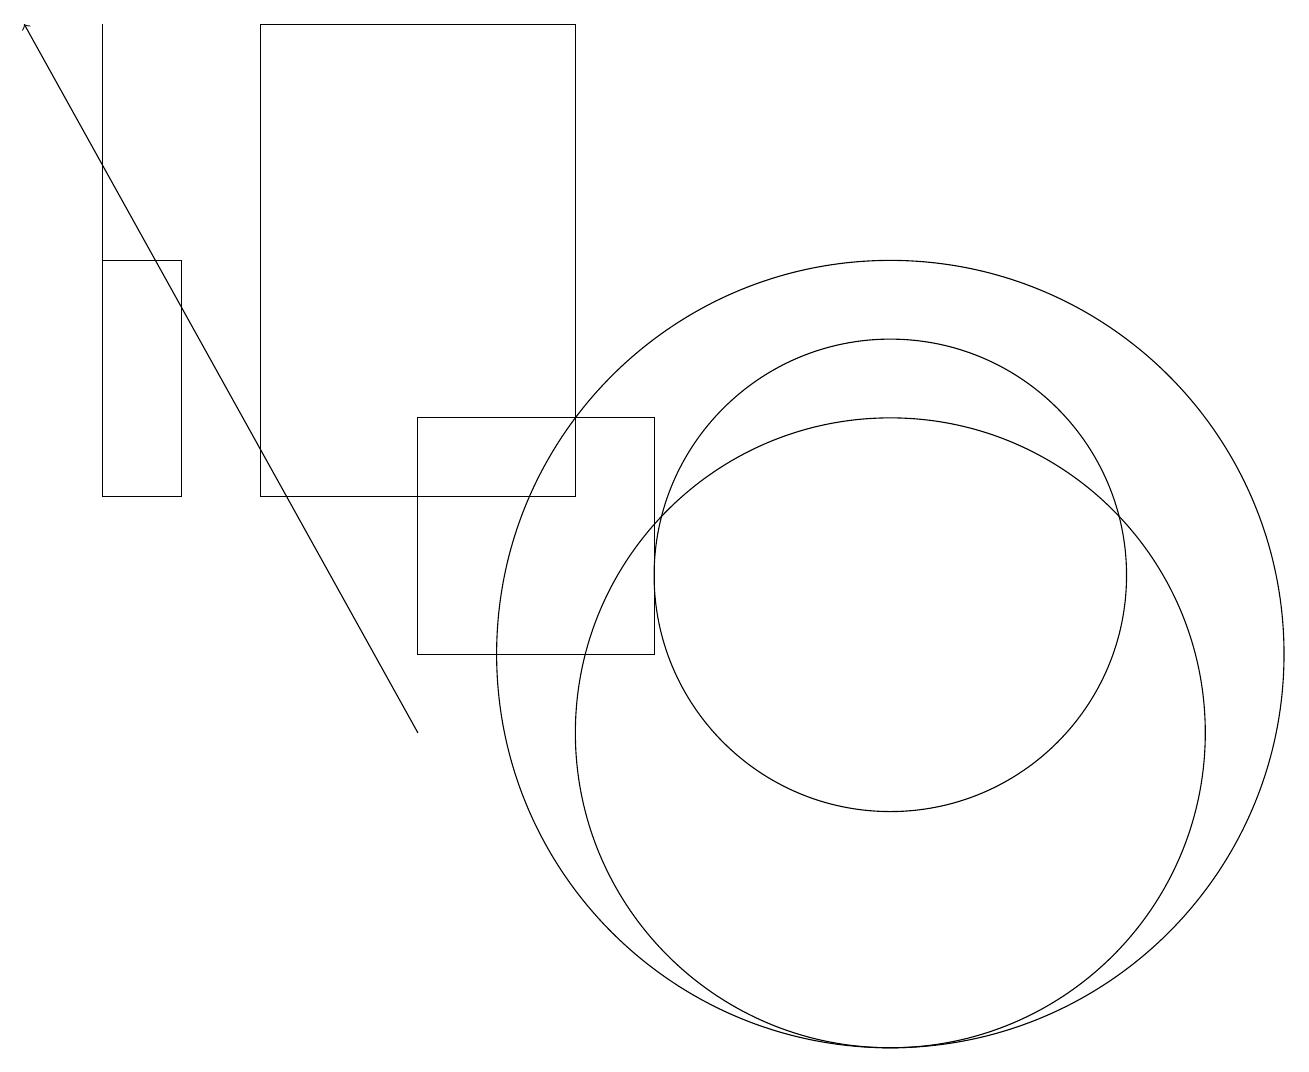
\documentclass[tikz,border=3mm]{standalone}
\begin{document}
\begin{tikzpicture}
\draw (11,10) circle (4);
\draw[->] (5,10) -- (0,19);
\draw (1,13) rectangle (2,16);
\draw (11,11) circle (5);
\draw (8,11) rectangle (5,14);
\draw (7,19) rectangle (3,13);
\draw (11,12) circle (3);
\draw (1,13) rectangle (1,19);
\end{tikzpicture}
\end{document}